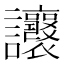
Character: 𧮨